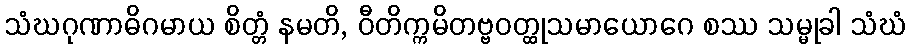
သံဃဂုဏာဓိဂမာယ စိတ္တံ နမတိ, ဝီတိက္ကမိတဗ္ဗဝတ္ထုသမာယောဂေ စဿ သမ္မုခါ သံဃံ